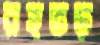
রহভড়